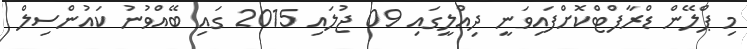
މި ޕްލޭން ޑްރާފްޓްކޮށްފައިވަނީ ދިއްލީގައި 09 ޖުލައި 2015 ގައި ބޭއްވުނު ކައުންސިލް